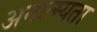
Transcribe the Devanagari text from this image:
अनात्म्यता